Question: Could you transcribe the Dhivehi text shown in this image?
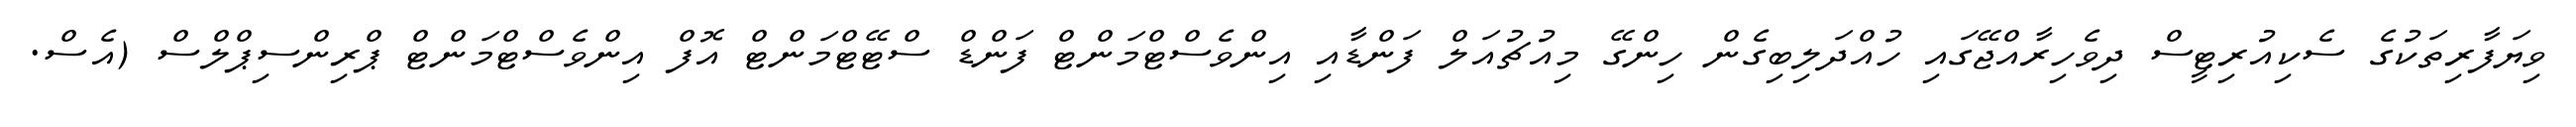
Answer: ވިޔަފާރިތަކުގެ ސެކިއުރިޓީސް ދިވެހިރާއްޖޭގައި ހުއްދަލިބިގެން ހިންގޭ މިއުޗުއަލް ފަންޑާއި އިންވެސްޓްމަންޓް ފަންޑް ސްޓޭޓްމަންޓް އޮފް އިންވެސްޓްމަންޓް ޕްރިންސިޕްލްސް (އެސް.